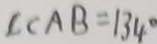
\angle C A B = 1 3 4 ^ { \circ }